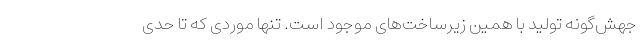
جهش‌گونه تولید با همین زیرساخت‌های موجود است. تنها موردی که تا حدی